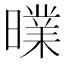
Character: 曗